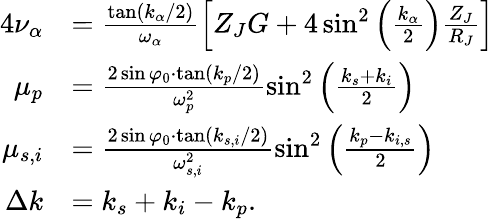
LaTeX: \begin{array}{rl}{{4}\nu_{\alpha}}&{=\frac{\tan(k_{\alpha}/2)}{\omega_{\alpha}}\left[Z_{J}G+4\sin^{2}\left(\frac{k_{\alpha}}{2}\right)\frac{Z_{J}}{R_{J}}\right]}\\ {\mu_{p}}&{=\frac{2\sin\varphi_{0}\cdot\tan(k_{p}/2)}{\omega_{p}^{2}}\sin^{2}\left(\frac{k_{s}+k_{i}}{2}\right)}\\ {\mu_{s,i}}&{=\frac{2\sin\varphi_{0}\cdot\tan(k_{s,i}/2)}{\omega_{s,i}^{2}}\sin^{2}\left(\frac{k_{p}-k_{i,s}}{2}\right)}\\ {\Delta k}&{=k_{s}+k_{i}-k_{p}.}\end{array}